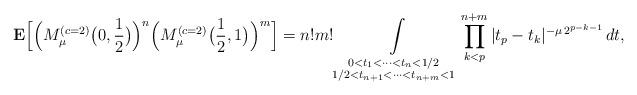
LaTeX: \begin{align*}{\bf E}\Bigl[\Bigl(M_\mu^{(c=2)}\bigl(0,\frac{1}{2}\bigr)\Bigr)^{n}\Bigl( M_\mu^{(c=2)}\bigl(\frac{1}{2}, 1\bigr)\Bigr)^{m}\Bigr] = n!m! \int\limits_{\substack{0<t_1<\cdots<t_{n}<1/2\\1/2<t_{n+1}<\cdots<t_{n+m}<1 }} \prod\limits_{k<p}^{n+m}|t_p-t_k|^{-\mu\,2^{p-k-1}}\,dt,\end{align*}